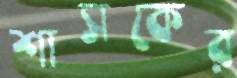
শাসকের